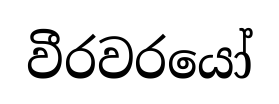
වීරවරයෝ